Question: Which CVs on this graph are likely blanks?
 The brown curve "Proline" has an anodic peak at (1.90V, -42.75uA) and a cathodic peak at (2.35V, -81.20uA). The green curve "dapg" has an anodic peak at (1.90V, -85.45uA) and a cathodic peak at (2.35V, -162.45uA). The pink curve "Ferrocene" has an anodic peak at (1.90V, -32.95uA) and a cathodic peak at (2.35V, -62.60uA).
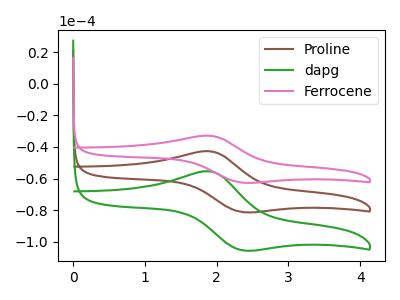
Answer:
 <answer>There are not any CV's on this graph that are likely to be blanks.</answer>
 <eval>none</eval>